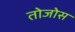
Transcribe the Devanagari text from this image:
तोजोस